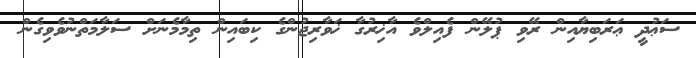
ސަޢުދީ ޢަރަބިޔާއިން ރޭވި ޕުލޭން ފެއިލްވެ އާޚިރުގާ ޚަވާރިޖުންގެ ކިބައިން ތިމާމެނަށް ސަލާމަތްނުވެވިގެން